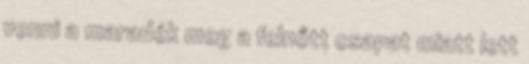
venni a maradék meg a felnőtt csapat miatt lett